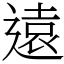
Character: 遠